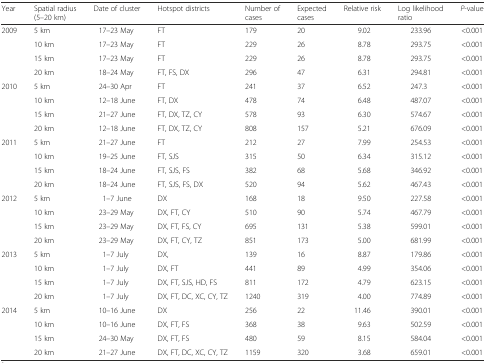
<table><thead><tr><td><b>Year</b></td><td><b>Spatial radius (5–20 km)</b></td><td><b>Date of cluster</b></td><td><b>Hotspot districts</b></td><td><b>Number of cases</b></td><td><b>Expected cases</b></td><td><b>Relative risk</b></td><td><b>Log likelihood ratio</b></td><td><b><i>P</i>-value</b></td></tr></thead><tbody><tr><td rowspan="4">2009</td><td>5 km</td><td>17–23 May</td><td>FT</td><td>179</td><td>20</td><td>9.02</td><td>233.96</td><td>&lt;0.001</td></tr><tr><td>10 km</td><td>17–23 May</td><td>FT</td><td>229</td><td>26</td><td>8.78</td><td>293.75</td><td>&lt;0.001</td></tr><tr><td>15 km</td><td>17–23 May</td><td>FT</td><td>229</td><td>26</td><td>8.78</td><td>293.75</td><td>&lt;0.001</td></tr><tr><td>20 km</td><td>18–24 May</td><td>FT, FS, DX</td><td>296</td><td>47</td><td>6.31</td><td>294.81</td><td>&lt;0.001</td></tr><tr><td rowspan="4">2010</td><td>5 km</td><td>24–30 Apr</td><td>FT</td><td>241</td><td>37</td><td>6.52</td><td>247.3</td><td>&lt;0.001</td></tr><tr><td>10 km</td><td>12–18 June</td><td>FT, DX</td><td>478</td><td>74</td><td>6.48</td><td>487.07</td><td>&lt;0.001</td></tr><tr><td>15 km</td><td>21–27 June</td><td>FT, DX, TZ, CY</td><td>578</td><td>93</td><td>6.30</td><td>574.67</td><td>&lt;0.001</td></tr><tr><td>20 km</td><td>12–18 June</td><td>FT, DX, TZ, CY</td><td>808</td><td>157</td><td>5.21</td><td>676.09</td><td>&lt;0.001</td></tr><tr><td rowspan="4">2011</td><td>5 km</td><td>21–27 June</td><td>FT</td><td>212</td><td>27</td><td>7.99</td><td>254.53</td><td>&lt;0.001</td></tr><tr><td>10 km</td><td>19–25 June</td><td>FT, SJS</td><td>315</td><td>50</td><td>6.34</td><td>315.12</td><td>&lt;0.001</td></tr><tr><td>15 km</td><td>18–24 June</td><td>FT, SJS, FS</td><td>382</td><td>68</td><td>5.68</td><td>346.92</td><td>&lt;0.001</td></tr><tr><td>20 km</td><td>18–24 June</td><td>FT, SJS, FS, DX</td><td>520</td><td>94</td><td>5.62</td><td>467.43</td><td>&lt;0.001</td></tr><tr><td rowspan="4">2012</td><td>5 km</td><td>1–7 June</td><td>DX</td><td>168</td><td>18</td><td>9.50</td><td>227.58</td><td>&lt;0.001</td></tr><tr><td>10 km</td><td>23–29 May</td><td>DX, FT, CY</td><td>510</td><td>90</td><td>5.74</td><td>467.79</td><td>&lt;0.001</td></tr><tr><td>15 km</td><td>23–29 May</td><td>DX, FT, FS, CY</td><td>695</td><td>131</td><td>5.38</td><td>599.01</td><td>&lt;0.001</td></tr><tr><td>20 km</td><td>23–29 May</td><td>DX, FT, CY, TZ</td><td>851</td><td>173</td><td>5.00</td><td>681.99</td><td>&lt;0.001</td></tr><tr><td rowspan="4">2013</td><td>5 km</td><td>1–7 July</td><td>DX,</td><td>139</td><td>16</td><td>8.87</td><td>179.86</td><td>&lt;0.001</td></tr><tr><td>10 km</td><td>1–7 July</td><td>DX, FT</td><td>441</td><td>89</td><td>4.99</td><td>354.06</td><td>&lt;0.001</td></tr><tr><td>15 km</td><td>1–7 July</td><td>DX, FT, SJS, HD, FS</td><td>811</td><td>172</td><td>4.79</td><td>623.15</td><td>&lt;0.001</td></tr><tr><td>20 km</td><td>1–7 July</td><td>DX, FT, DC, XC, CY, TZ</td><td>1240</td><td>319</td><td>4.00</td><td>774.89</td><td>&lt;0.001</td></tr><tr><td rowspan="4">2014</td><td>5 km</td><td>10–16 June</td><td>DX</td><td>256</td><td>22</td><td>11.46</td><td>390.01</td><td>&lt;0.001</td></tr><tr><td>10 km</td><td>10–16 June</td><td>DX, FT, FS</td><td>368</td><td>38</td><td>9.63</td><td>502.59</td><td>&lt;0.001</td></tr><tr><td>15 km</td><td>24–30 May</td><td>DX, FT, FS</td><td>480</td><td>59</td><td>8.15</td><td>584.04</td><td>&lt;0.001</td></tr><tr><td>20 km</td><td>21–27 June</td><td>DX, FT, DC, XC, CY, TZ</td><td>1159</td><td>320</td><td>3.68</td><td>659.01</td><td>&lt;0.001</td></tr></tbody></table>